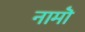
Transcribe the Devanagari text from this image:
नामॊं